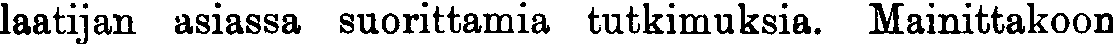
laatijan asiassa suorittamia tutkimuksia. Mainittakoon